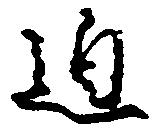
迫